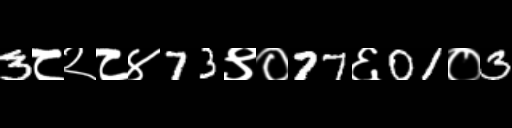
Text: 3८२८४73९०77६01०3